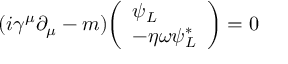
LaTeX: ( i \gamma ^ { \mu } \partial _ { \mu } - m ) { \left( \begin{array} { l } { \psi _ { L } } \\ { - \eta \omega \psi _ { L } ^ { * } } \end{array} \right) } = 0